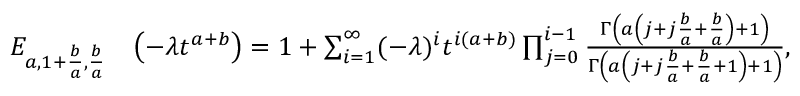
\begin{array} { r l } { E _ { a , 1 + \frac { b } { a } , \frac { b } { a } } } & { \left( - \lambda t ^ { a + b } \right) = 1 + \sum _ { i = 1 } ^ { \infty } ( - \lambda ) ^ { i } t ^ { i \left( a + b \right) } \prod _ { j = 0 } ^ { i - 1 } \frac { \Gamma \left( a \left( j + j \frac { b } { a } + \frac { b } { a } \right) + 1 \right) } { \Gamma \left( a \left( j + j \frac { b } { a } + \frac { b } { a } + 1 \right) + 1 \right) } , } \end{array}